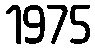
1975